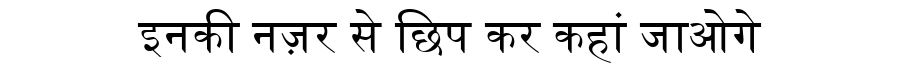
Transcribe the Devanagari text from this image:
इनकी नज़र से छिप कर कहां जाओगे